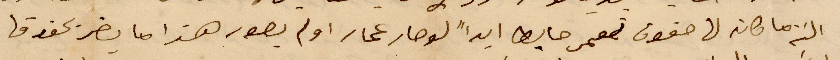
البتة ما كان لها حقوق تعمر حابطًا ايدًا لو صار عمار او لم يصور هذا ما يضر بحقوق